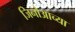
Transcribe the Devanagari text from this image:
जिनोआच्या